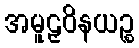
အမူဠှဝိနယဉ္စ